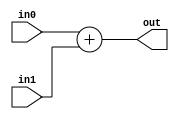
`timescale 1ns / 1ps

module Adder(
	input [31:0] in0,
	input [31:0] in1,
	output [31:0] out
	);
	
	assign out = in0 + in1;
	
endmodule